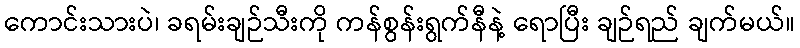
ကောင်းသားပဲ၊ ခရမ်းချဉ်သီးကို ကန်စွန်းရွက်နီနဲ့ ရောပြီး ချဉ်ရည် ချက်မယ်။